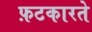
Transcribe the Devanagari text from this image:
फ़टकारते